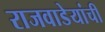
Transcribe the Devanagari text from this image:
राजवाडेयांची